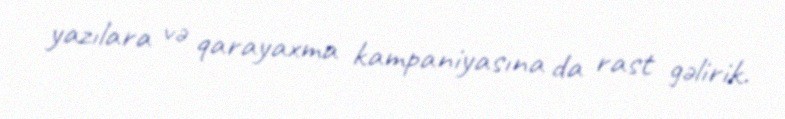
yazılara və qarayaxma kampaniyasına da rast gəlirik.